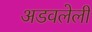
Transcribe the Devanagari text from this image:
अडवलेली